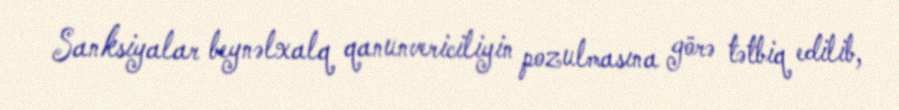
Sanksiyalar beynəlxalq qanunvericiliyin pozulmasına görə tətbiq edilib,